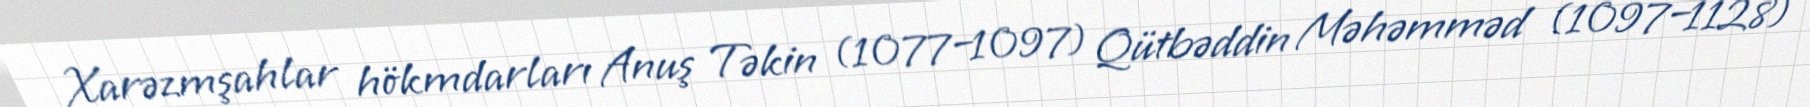
Xarəzmşahlar hökmdarları Anuş Təkin (1077–1097) Qütbəddin Məhəmməd (1097–1128)